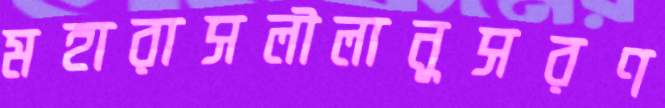
মহারাসলীলানুসরণ